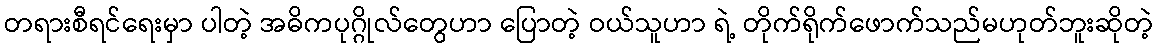
တရားစီရင်ရေးမှာ ပါတဲ့ အဓိကပုဂ္ဂိုလ်တွေဟာ ပြောတဲ့ ဝယ်သူဟာ ရဲ့ တိုက်ရိုက်ဖောက်သည်မဟုတ်ဘူးဆိုတဲ့